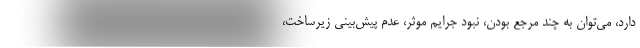
دارد، می‌توان به چند مرجع بودن، نبود جرایم موثر، عدم پیش‌بینی زیرساخت،